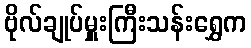
ဗိုလ်ချုပ်မှူးကြီးသန်းရွှေက